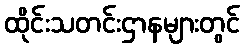
ထိုင်းသတင်းဌာနများတွင်